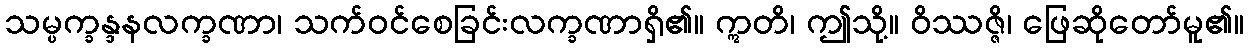
သမ္ပက္ခန္ဒနလက္ခဏာ၊ သက်ဝင်စေခြင်းလက္ခဏာရှိ၏။ ဣတိ၊ ဤသို့။ ဝိဿဇ္ဇိ၊ ဖြေဆိုတော်မူ၏။